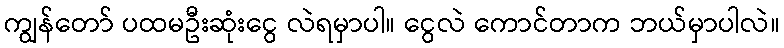
ကျွန်တော် ပထမဦးဆုံးငွေ လဲရမှာပါ။ ငွေလဲ ကောင်တာက ဘယ်မှာပါလဲ။